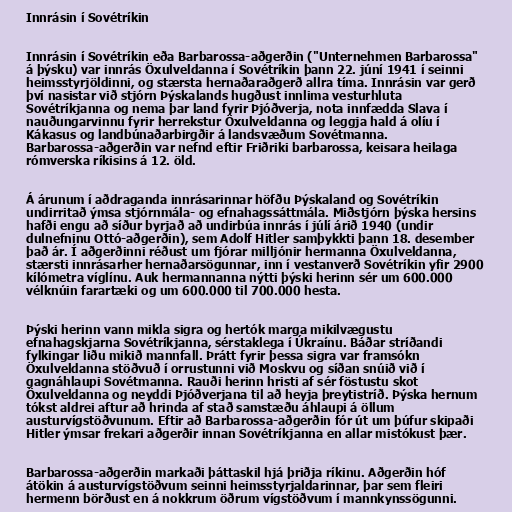
Innrásin í Sovétríkin

Innrásin í Sovétríkin eða Barbarossa-aðgerðin ("Unternehmen Barbarossa"
á þýsku) var innrás Öxulveldanna í Sovétríkin þann 22. júní 1941 í seinni
heimsstyrjöldinni, og stærsta hernaðaraðgerð allra tíma. Innrásin var gerð
því nasistar við stjórn Þýskalands hugðust innlima vesturhluta
Sovétríkjanna og nema þar land fyrir Þjóðverja, nota innfædda Slava í
nauðungarvinnu fyrir herrekstur Öxulveldanna og leggja hald á olíu í
Kákasus og landbúnaðarbirgðir á landsvæðum Sovétmanna.
Barbarossa-aðgerðin var nefnd eftir Friðriki barbarossa, keisara heilaga
rómverska ríkisins á 12. öld.

Á árunum í aðdraganda innrásarinnar höfðu Þýskaland og Sovétríkin
undirritað ýmsa stjórnmála- og efnahagssáttmála. Miðstjórn þýska hersins
hafði engu að síður byrjað að undirbúa innrás í júlí árið 1940 (undir
dulnefninu Ottó-aðgerðin), sem Adolf Hitler samþykkti þann 18. desember
það ár. Í aðgerðinni réðust um fjórar milljónir hermanna Öxulveldanna,
stærsti innrásarher hernaðarsögunnar, inn í vestanverð Sovétríkin yfir 2900
kílómetra víglínu. Auk hermannanna nýtti þýski herinn sér um 600.000
vélknúin farartæki og um 600.000 til 700.000 hesta.

Þýski herinn vann mikla sigra og hertók marga mikilvægustu
efnahagskjarna Sovétríkjanna, sérstaklega í Úkraínu. Báðar stríðandi
fylkingar liðu mikið mannfall. Þrátt fyrir þessa sigra var framsókn
Öxulveldanna stöðvuð í orrustunni við Moskvu og síðan snúið við í
gagnáhlaupi Sovétmanna. Rauði herinn hristi af sér föstustu skot
Öxulveldanna og neyddi Þjóðverjana til að heyja þreytistríð. Þýska hernum
tókst aldrei aftur að hrinda af stað samstæðu áhlaupi á öllum
austurvígstöðvunum. Eftir að Barbarossa-aðgerðin fór út um þúfur skipaði
Hitler ýmsar frekari aðgerðir innan Sovétríkjanna en allar mistókust þær.

Barbarossa-aðgerðin markaði þáttaskil hjá þriðja ríkinu. Aðgerðin hóf
átökin á austurvígstöðvum seinni heimsstyrjaldarinnar, þar sem fleiri
hermenn börðust en á nokkrum öðrum vígstöðvum í mannkynssögunni.